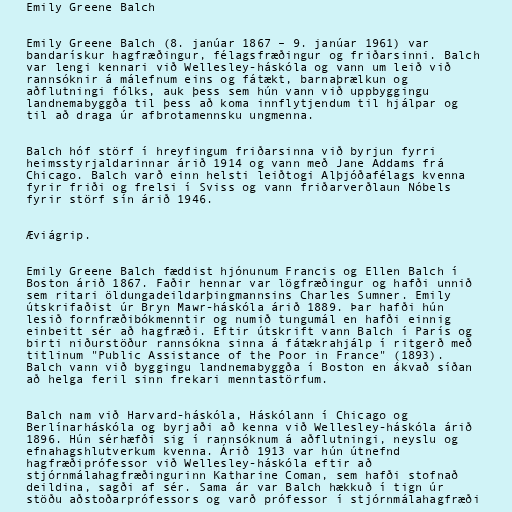
Emily Greene Balch

Emily Greene Balch (8. janúar 1867 – 9. janúar 1961) var
bandarískur hagfræðingur, félagsfræðingur og friðarsinni. Balch
var lengi kennari við Wellesley-háskóla og vann um leið við
rannsóknir á málefnum eins og fátækt, barnaþrælkun og
aðflutningi fólks, auk þess sem hún vann við uppbyggingu
landnemabyggða til þess að koma innflytjendum til hjálpar og
til að draga úr afbrotamennsku ungmenna.

Balch hóf störf í hreyfingum friðarsinna við byrjun fyrri
heimsstyrjaldarinnar árið 1914 og vann með Jane Addams frá
Chicago. Balch varð einn helsti leiðtogi Alþjóðafélags kvenna
fyrir friði og frelsi í Sviss og vann friðarverðlaun Nóbels
fyrir störf sín árið 1946.

Æviágrip.

Emily Greene Balch fæddist hjónunum Francis og Ellen Balch í
Boston árið 1867. Faðir hennar var lögfræðingur og hafði unnið
sem ritari öldungadeildarþingmannsins Charles Sumner. Emily
útskrifaðist úr Bryn Mawr-háskóla árið 1889. Þar hafði hún
lesið fornfræðibókmenntir og numið tungumál en hafði einnig
einbeitt sér að hagfræði. Eftir útskrift vann Balch í París og
birti niðurstöður rannsókna sinna á fátækrahjálp í ritgerð með
titlinum "Public Assistance of the Poor in France" (1893).
Balch vann við byggingu landnemabyggða í Boston en ákvað síðan
að helga feril sinn frekari menntastörfum.

Balch nam við Harvard-háskóla, Háskólann í Chicago og
Berlínarháskóla og byrjaði að kenna við Wellesley-háskóla árið
1896. Hún sérhæfði sig í rannsóknum á aðflutningi, neyslu og
efnahagshlutverkum kvenna. Árið 1913 var hún útnefnd
hagfræðiprófessor við Wellesley-háskóla eftir að
stjórnmálahagfræðingurinn Katharine Coman, sem hafði stofnað
deildina, sagði af sér. Sama ár var Balch hækkuð í tign úr
stöðu aðstoðarprófessors og varð prófessor í stjórnmálahagfræði